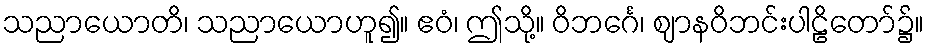
သညာယောတိ၊ သညာယောဟူ၍။ ဧဝံ၊ ဤသို့။ ဝိဘင်္ဂေ၊ ဈာနဝိဘင်းပါဠိတော်၌။